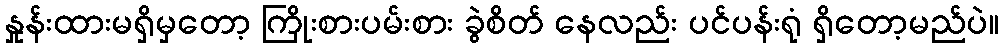
နှုန်းထားမရှိမှတော့ ကြိုးစားပမ်းစား ခွဲစိတ် နေလည်း ပင်ပန်းရုံ ရှိတော့မည်ပဲ။